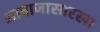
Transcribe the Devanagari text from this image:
आवाजासारखा